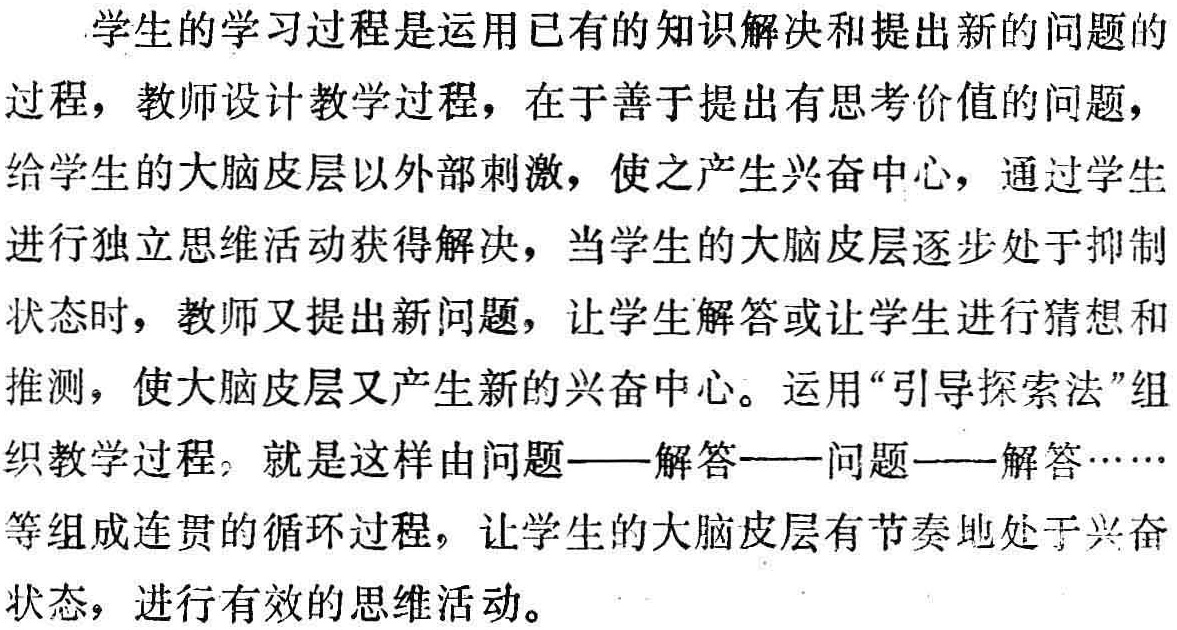
学生的学习过程是运用已有的知识解决和提出新的问题的过程，教师设计教学过程，在于善于提出有思考价值的问题，给学生的大脑皮层以外部刺激，使之产生兴奋中心，通过学生进行独立思维活动获得解决，当学生的大脑皮层逐步处于抑制状态时，教师又提出新问题，让学生解答或让学生进行猜想和推测，使大脑皮层又产生新的兴奋中心。运用“引导探索法”组织教学过程，就是这样由问题——解答——问题——解答……等组成连贯的循环过程，让学生的大脑皮层有节奏地处于兴奋状态，进行有效的思维活动。